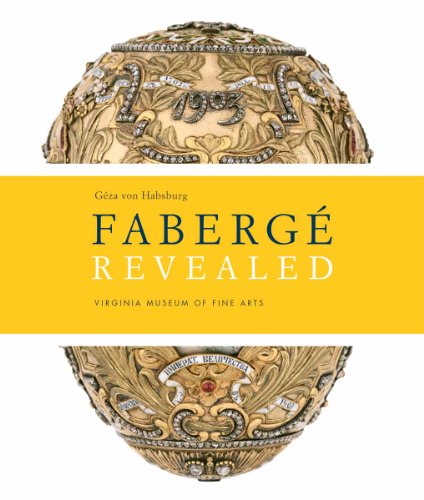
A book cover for Faberge Revealed: At the Virginia Museum of Fine Arts; Geza Von Habsburg; Crafts, Hobbies & Home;